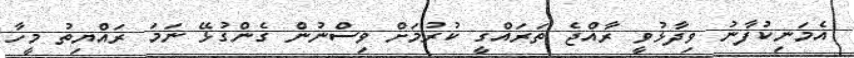
އެމަނިކުފާނު ވިދާޅުވީ ރާއްޖެ ތަރައްގީ ކުރުމަށް ވިސްނުން ގެންގުޅޭ ނަމަ ރައްޔިތު މީހާ